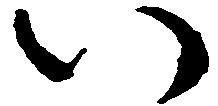
い